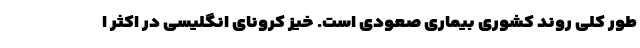
طور کلی روند کشوری بیماری صعودی است. خیز کرونای انگلیسی در اکثر ا